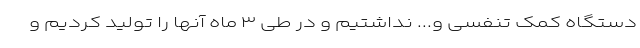
دستگاه کمک تنفسی و... نداشتیم و در طی ۳ ماه آنها را تولید کردیم و